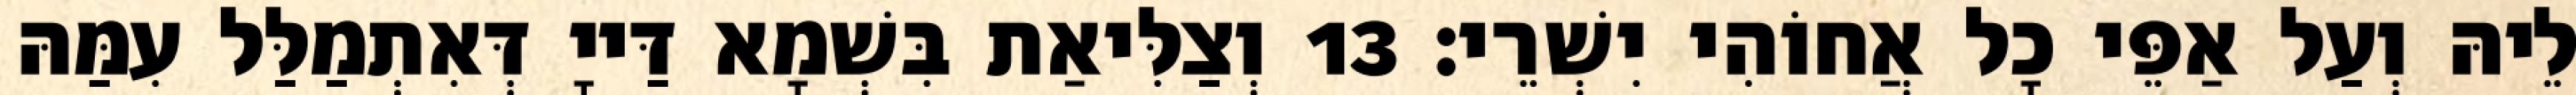
לֵיהּ וְעַל אַפֵּי כָל אֲחוֹהִי יִשְׁרֵי׃ 13 וְצַלִּיאַת בִּשְׁמָא דַּייָ דְּאִתְמַלַּל עִמַּהּ